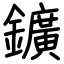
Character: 鑛